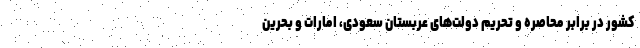
کشور در برابر محاصره و تحریم دولت‌های عربستان سعودی، امارات و بحرین